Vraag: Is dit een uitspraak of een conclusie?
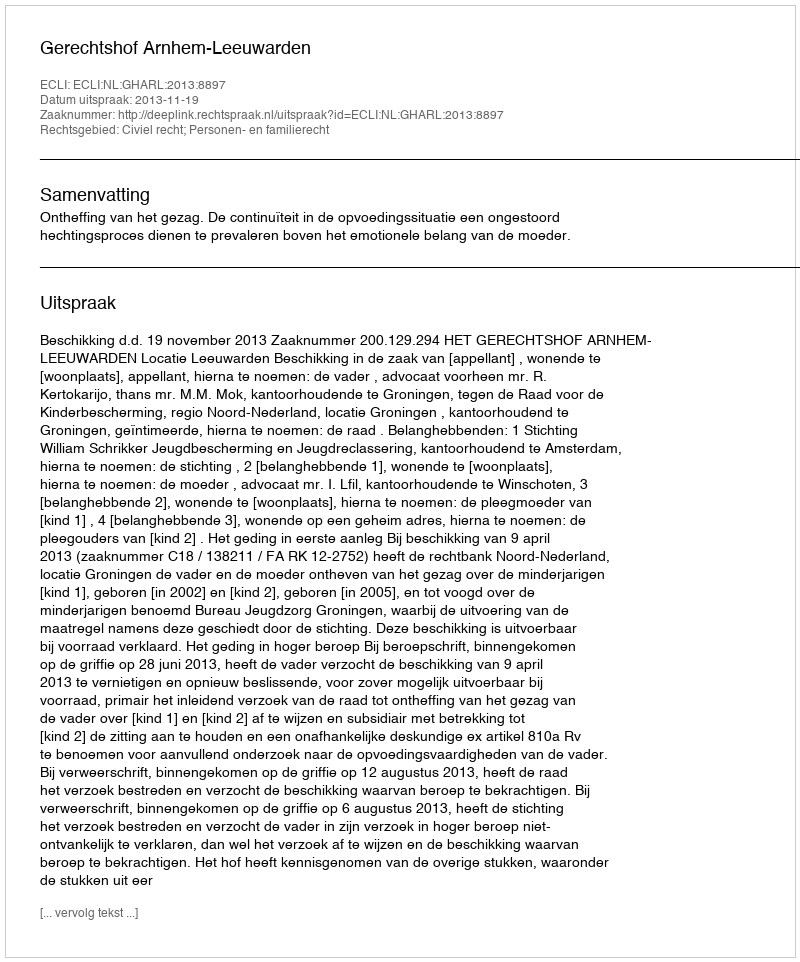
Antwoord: Uitspraak